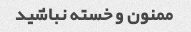
ممنون و خسته نباشید